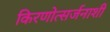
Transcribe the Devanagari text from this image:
किरणोत्सर्जनाशी